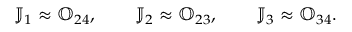
{ \mathbb J } _ { 1 } \approx { \mathbb O } _ { 2 4 } , \qquad { \mathbb J } _ { 2 } \approx { \mathbb O } _ { 2 3 } , \qquad { \mathbb J } _ { 3 } \approx { \mathbb O } _ { 3 4 } .